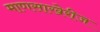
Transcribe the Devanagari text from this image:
माणसाखेरीज